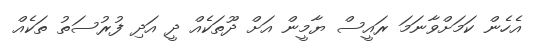
އެހެން ކަމަށްވާނަމަ ރައީސް ޔާމީން އަށް ދޫތަކެއް ދީ އަދި ފުރުސަތު ތަކެއް